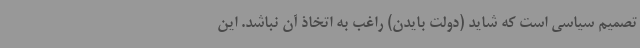
تصمیم سیاسی است که شاید (دولت بایدن) راغب به اتخاذ آن نباشد. این